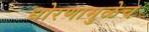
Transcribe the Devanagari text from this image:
धोरणामुळेच